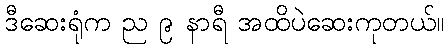
ဒီဆေးရုံက ည ၉ နာရီ အထိပဲဆေးကုတယ်။